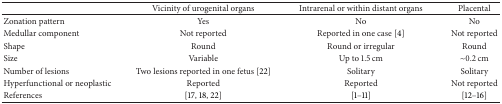
<table><thead><tr><td><b> </b></td><td><b>Vicinity of urogenital organs</b></td><td><b>Intrarenal or within distant organs</b></td><td><b>Placental</b></td></tr></thead><tbody><tr><td>Zonation pattern</td><td>Yes</td><td>No</td><td>No</td></tr><tr><td>Medullar component</td><td>Not reported</td><td>Reported in one case [4]</td><td>Not reported</td></tr><tr><td>Shape</td><td>Round</td><td>Round or irregular</td><td>Round</td></tr><tr><td>Size</td><td>Variable</td><td>Up to 1.5 cm</td><td>~0.2 cm</td></tr><tr><td>Number of lesions</td><td>Two lesions reported in one fetus [22]</td><td>Solitary</td><td>Solitary</td></tr><tr><td>Hyperfunctional or neoplastic</td><td>Reported</td><td>Reported</td><td>Not reported</td></tr><tr><td>References</td><td>[17, 18, 22]</td><td>[1–11]</td><td>[12–16]</td></tr></tbody></table>